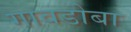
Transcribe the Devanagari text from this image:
गावडोबा